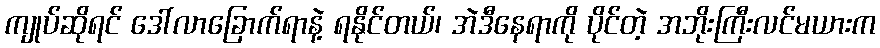
ကျုပ်ဆိုရင် ဒေါ်လာခြောက်ရာနဲ့ ရနိုင်တယ်၊ အဲဒီနေရာကို ပိုင်တဲ့ အဘိုးကြီးလင်မယားက